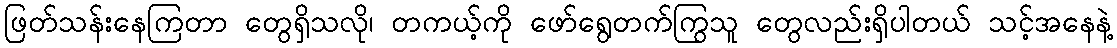
ဖြတ်သန်းနေကြတာ တွေရှိသလို၊ တကယ့်ကို ဖော်ရွေတက်ကြွသူ တွေလည်းရှိပါတယ် သင့်အနေနဲ့